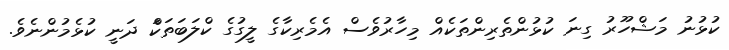
ކުޅުނު މަޝްހޫރު ގިނަ ކުޅުންތެރިންތަކެއް މިހާރުވެސް އެމެރިކާގެ ލީގުގެ ކްލަބަތަކަް ދަނީ ކުޅެމުންނެވެ.